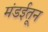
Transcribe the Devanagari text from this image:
मंडईतून